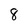
Character: 8